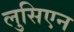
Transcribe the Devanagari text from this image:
लुसिएन